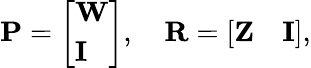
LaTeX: \textrm{\textbf{P}}=\left[\begin{array}{l}{\textrm{\textbf{W}}}\\ {\textrm{\textbf{I}}}\end{array}\right],\quad\textrm{\textbf{R}}=\left[\begin{array}{ll}{\textrm{\textbf{Z}}}&{\textrm{\textbf{I}}}\end{array}\right],